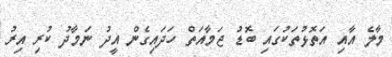
މާލެ އާއި އަތޮޅުތަކުގައި ބޮޑު ޖަމާއަތް ހަދައިގެން އީދު ނަމާދު ކުރި އިރު